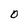
Character: 0